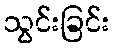
သွင်းခြင်း